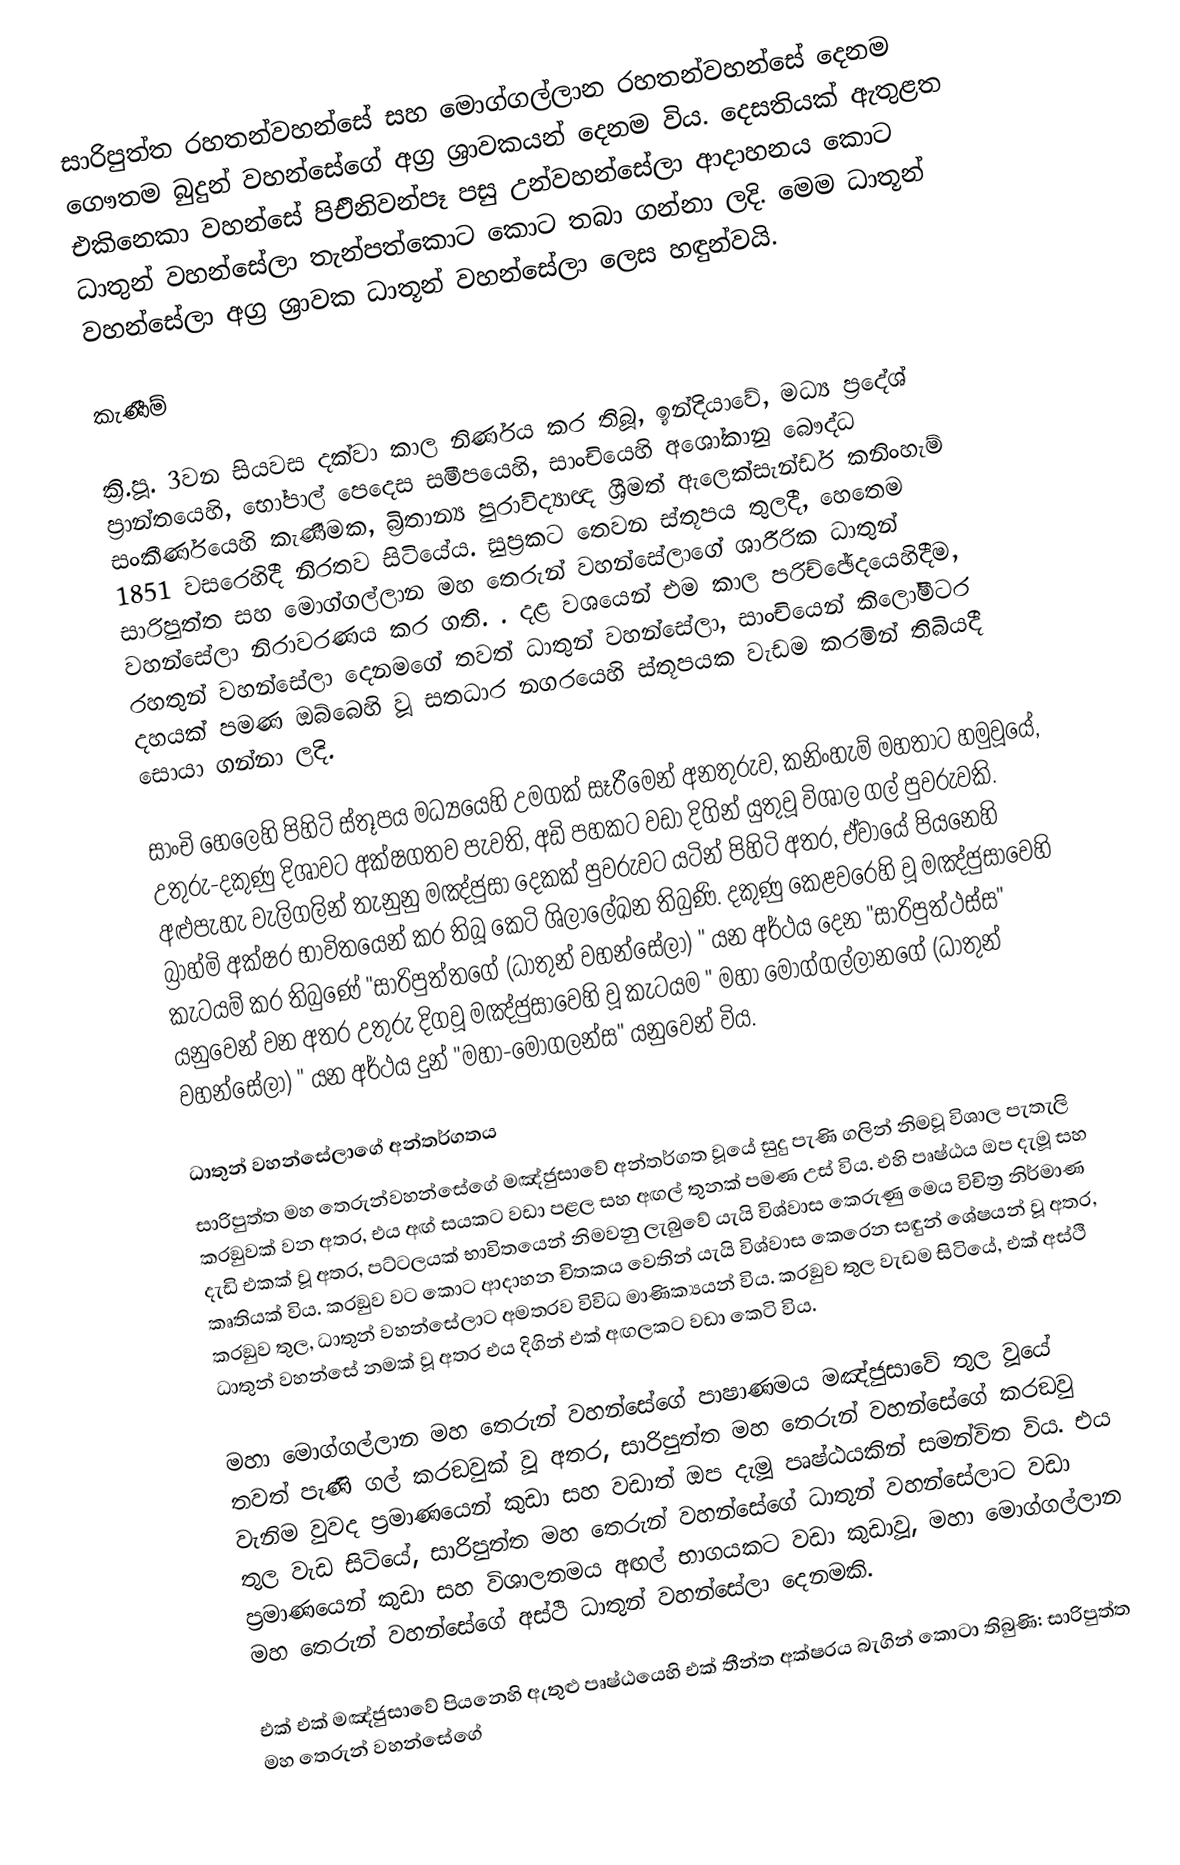
සාරිපුත්ත රහතන්වහන්සේ සහ මොග්ගල්ලාන රහතන්වහන්සේ දෙනම ගෞතම බුදුන් වහන්සේගේ අග්‍ර ශ්‍රාවකයන් දෙනම විය. දෙසතියක් ඇතුළත එකිනෙකා වහන්සේ පිඑිනිවන්පෑ පසු උන්වහන්සේලා  ආදාහනය කොට ධාතුන් වහන්සේලා තැන්පත්කොට කොට තබා ගන්නා ලදි. මෙම ධාතූන් වහන්සේලා අග්‍ර ශ්‍රාවක ධාතූන් වහන්සේලා ලෙස හඳුන්වයි.

කැණීම්

ක්‍රි.පූ. 3වන සියවස දක්වා කාල නිර්ණය කර තිබූ, ඉන්දියාවේ, මධ්‍ය ප්‍රදේශ් ප්‍රාන්තයෙහි, භෝපාල් පෙදෙස සමීපයෙහි, සාංචියෙහි අශෝකානු බෞද්ධ සංකීර්ණයෙහි කැණීමක, බ්‍රිතාන්‍ය පුරාවිද්‍යාඥ ශ්‍රීමත් ඇලෙක්සැන්ඩර් කනිංහැම් 1851 වසරෙහිදී නිරතව සිටියේය. සුප්‍රකට තෙවන ස්තූපය තුලදී, හෙතෙම සාරිපුත්ත සහ මොග්ගල්ලාන මහ තෙරුන් වහන්සේලාගේ ශාරීරික ධාතුන් වහන්සේලා නිරාවරණය කර ගති. . දළ වශයෙන් එම කාල පරිච්ඡේදයෙහිදීම, රහතුන් වහන්සේලා දෙනමගේ තවත් ධාතුන් වහන්සේලා, සාංචියෙන් කිලෝමීටර  දහයක් පමණ ඔබ්බෙහි වූ  සතධාර නගරයෙහි ස්තූපයක  වැඩම කරමින් තිබියදී සොයා ගන්නා ලදි.

සාංචි හෙලෙහි පිහිටි ස්තූපය මධ්‍යයෙහි උමගක් සෑරීමෙන් අනතුරුව, කනිංහැම් මහතාට හමුවූයේ, උතුරු-දකුණු දිශාවට අක්ෂගතව පැවති, අඩි පහකට වඩා දිගින් යුතුවූ  විශාල ගල් පුවරුවකි. අළුපැහැ වැලිගලින් තැනුනු මඤ්ජුසා දෙකක් පුවරුවට යටින් පිහිටි අතර, ඒවායේ පියනෙහි  බ්‍රාහ්මි අක්ෂර භාවිතයෙන් කර තිබූ කෙටි ශිලාලේඛන තිබුණි. දකුණු කෙළවරෙහි වූ මඤ්ජුසාවෙහි කැටයම් කර තිබුණේ "සාරිපුත්තගේ (ධාතුන් වහන්සේලා) "  යන අර්ථය දෙන "සාරිපුත්ථස්ස" යනුවෙන් වන අතර උතුරු දිගවූ මඤ්ජුසාවෙහි වූ කැටයම  " මහා මොග්ගල්ලානගේ (ධාතුන් වහන්සේලා) " යන අර්ථය දුන්  "මහා-මොගලන්ස"  යනුවෙන් විය.

ධාතුන් වහන්සේලාගේ අන්තර්ගතය
සාරිපුත්ත මහ තෙරුන්වහන්සේගේ මඤ්ජුසාවේ අන්තර්ගත වූයේ  සුදු පැණි ගලින් නිමවූ විශාල පැතැලි කරඞුවක් වන අතර, එය අඟ් සයකට වඩා පළල සහ අඟල් තුනක් පමණ උස් විය. එහි පෘෂ්ඨය ඔප දැමූ සහ දැඩි එකක් වූ අතර, පට්ටලයක් භාවිතයෙන් නිමවනු ලැබුවේ යැයි විශ්වාස කෙරුණු මෙය විචිත්‍ර නිර්මාණ කෘතියක් විය. කරඞුව වට කොට  ආදාහන චිතකය වෙතින් යැයි විශ්වාස කෙරෙන සඳුන් ශේෂයන් වූ අතර,  කරඞුව තුල, ධාතුන් වහන්සේලාට අමතරව විවිධ මාණික්‍යයන් විය. කරඞුව තුල වැඩම සිටියේ, එක් අස්ථි ධාතුන් වහන්සේ නමක් වූ අතර එය දිගින් එක් අඟලකට වඩා කෙටි විය.

මහා මොග්ගල්ලාන මහ තෙරුන් වහන්සේගේ පාෂාණමය මඤ්ජුසාවේ තුල වූයේ තවත් පැණි ගල් කරඞුවක් වූ අතර, සාරිපුත්ත මහ තෙරුන් වහන්සේගේ කරඞුව වැනිම වුවද ප්‍රමාණයෙන් කුඩා සහ වඩාත් ඔප දැමූ පෘෂ්ඨයකින් සමන්විත විය. එය තුල වැඩ සිටියේ, සාරිපුත්ත මහ තෙරුන් වහන්සේගේ ධාතුන් වහන්සේලාට වඩා ප්‍රමාණයෙන් කුඩා සහ විශාලතමය අඟල් භාගයකට වඩා කුඩාවූ,   මහා මොග්ගල්ලාන මහ තෙරුන් වහන්සේගේ අස්ථි ධාතුන් වහන්සේලා දෙනමකි.

එක් එක් මඤ්ජුසාවේ පියනෙහි ඇතුළු පෘෂ්ඨයෙහි එක් තීන්ත අක්ෂරය බැගින් කොටා තිබුණි: සාරිපුත්ත මහ තෙරුන් වහන්සේගේ